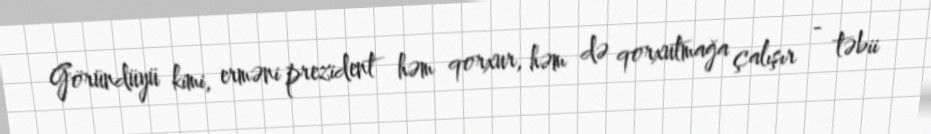
Göründüyü kimi, erməni prezident həm qorxur, həm də qorxutmağa çalışır - təbii